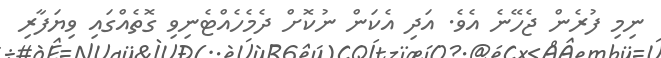
ނިމި ފުރެން ޖެހޭނެ އެވެ. އަދި އެކަން ނުކޮށް ދެމެހެއްޓެނިވި ގޮތެއްގައި ވިޔަފާރި